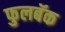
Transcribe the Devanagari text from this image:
फुलबॅक